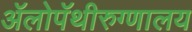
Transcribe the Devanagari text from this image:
ॲलोपॅथीरुग्णालय